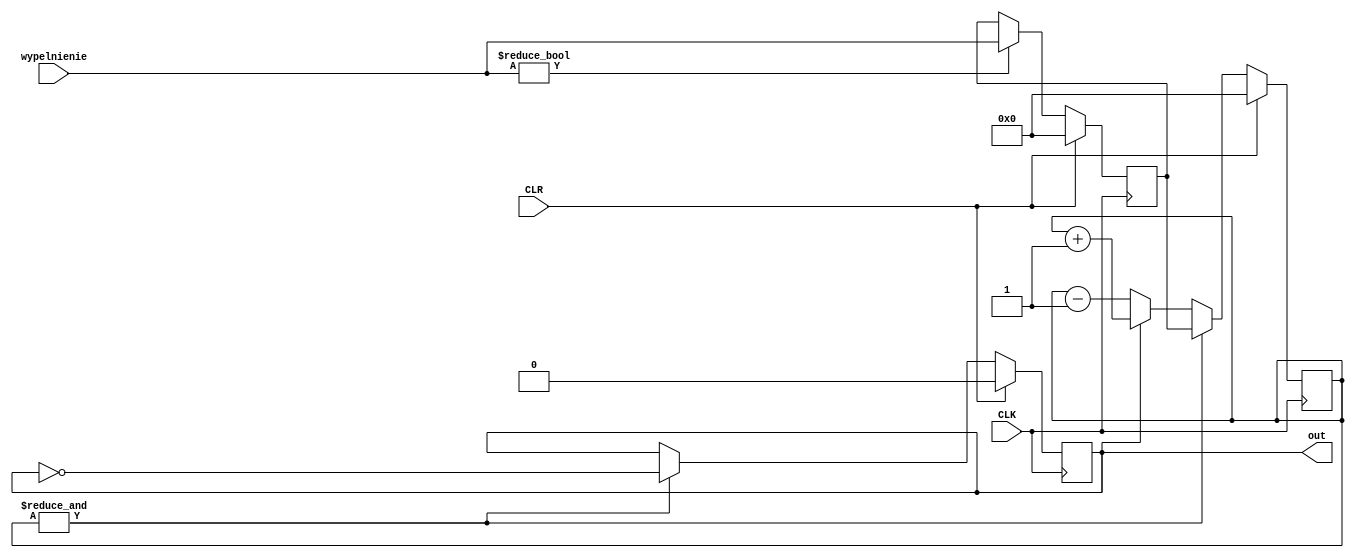
//PWM proponowany w Language Templates 
module pwm #(
   parameter PREC = 4
)
(
   input                CLK,
   input                CLR,
   input [PREC-1:0]     wypelnienie,
   output reg           out
);

reg [PREC-1:0] wypeln_reg, licz_tmp;


   always @ (posedge CLK)
      if (CLR)
         wypeln_reg <= 0;
      else if (wypelnienie)
         wypeln_reg <= wypelnienie;

   always @ (posedge CLK)
      if (CLR)
         licz_tmp <= 0;
      else if (&licz_tmp)
				 licz_tmp <= wypeln_reg;
			  else if (out)
			         licz_tmp <= licz_tmp + 1;
					 else
						licz_tmp <= licz_tmp - 1;

   always @ (posedge CLK)
      if (CLR)
         out <= 1'b0;
      else if (&licz_tmp)
         out <= ~out;

endmodule

//----------------------------
//zadania do samodzielnego rozwiazania
//
//1. Przesymulowac dzialanie PWMa
//1a. Sprawdzic rozdzielczosc
//1b. Sprawdzic dzialenie PWMa dla wartosci max i min